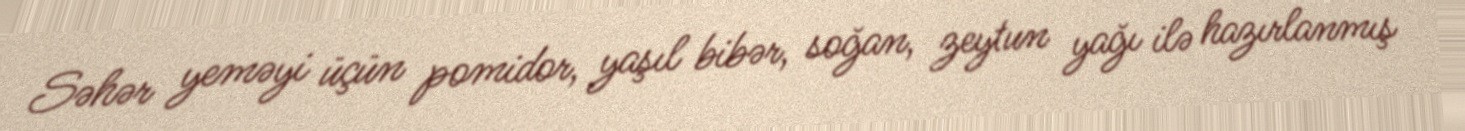
Səhər yeməyi üçün pomidor, yaşıl bibər, soğan, zeytun yağı ilə hazırlanmış